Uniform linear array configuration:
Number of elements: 64
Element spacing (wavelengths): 0.25
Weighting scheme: exponential
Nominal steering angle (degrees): -30
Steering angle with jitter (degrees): -28.631
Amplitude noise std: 0.05
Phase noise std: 0.05

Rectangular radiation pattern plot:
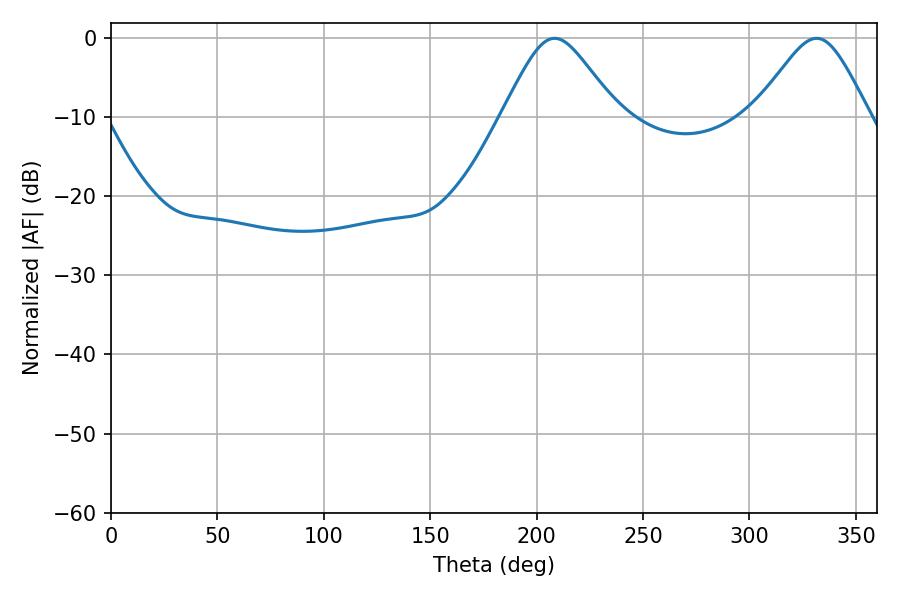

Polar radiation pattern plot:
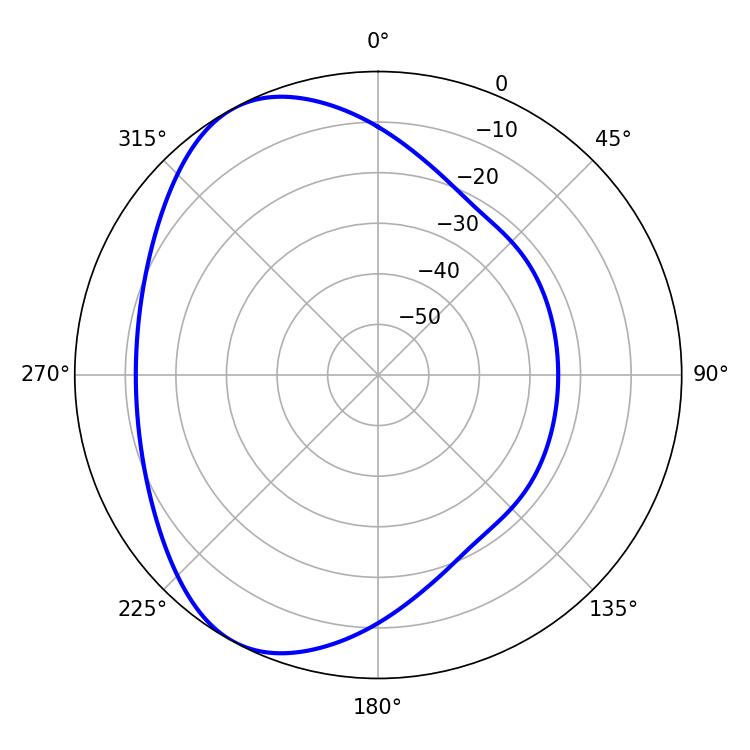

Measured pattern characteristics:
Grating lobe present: FALSE
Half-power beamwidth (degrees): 26.28
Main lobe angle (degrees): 331.56